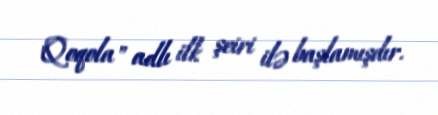
"Qoqola" adlı ilk şeiri ilə başlamışdır.